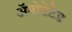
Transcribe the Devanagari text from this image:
ॲनोटेटेड